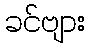
ခင်ဗျား